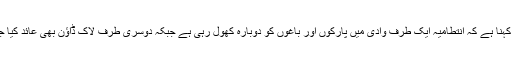
لوگوں کا کہنا ہے کہ انتطامیہ ایک طرف وادی میں پارکوں اور باغوں کو دوبارہ کھول رہی ہے جبکہ دوسری طرف لاک ڈاؤن بھی عائد کیا جا رہا ہے۔